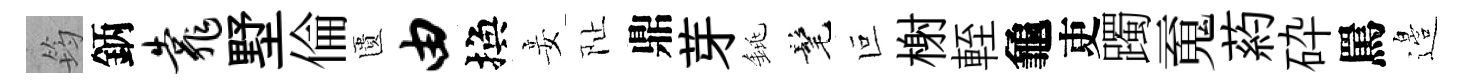
筠鈵靠墅倫匱由換妾阯鼎芽銚髦叵榭輊龜吏躅䰟葯砕罵邉